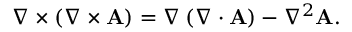
\nabla \times \left( \nabla \times \mathbf { A } \right) = \nabla \left( \nabla \cdot \mathbf { A } \right) - \nabla ^ { 2 } \mathbf { A } .